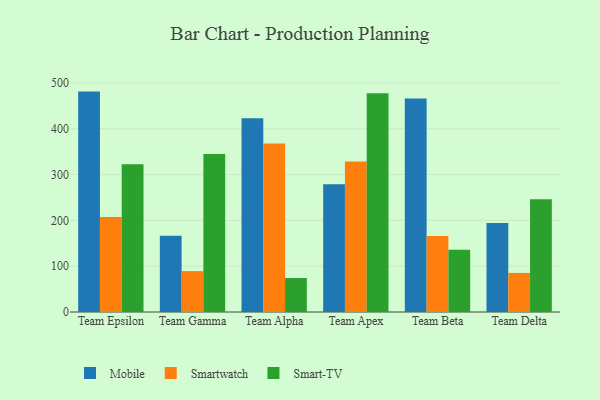
{"axis": {"x": "Team", "y": "Headcount"}, "legend": ["Mobile", "Smart-TV", "Smartwatch"], "data": [{"x": "Team Epsilon", "y": 481.0, "type": "Mobile"}, {"x": "Team Epsilon", "y": 207.6, "type": "Smartwatch"}, {"x": "Team Epsilon", "y": 322.6, "type": "Smart-TV"}, {"x": "Team Gamma", "y": 166.4, "type": "Mobile"}, {"x": "Team Gamma", "y": 89.3, "type": "Smartwatch"}, {"x": "Team Gamma", "y": 344.6, "type": "Smart-TV"}, {"x": "Team Alpha", "y": 422.8, "type": "Mobile"}, {"x": "Team Alpha", "y": 367.7, "type": "Smartwatch"}, {"x": "Team Alpha", "y": 74.1, "type": "Smart-TV"}, {"x": "Team Apex", "y": 278.6, "type": "Mobile"}, {"x": "Team Apex", "y": 328.4, "type": "Smartwatch"}, {"x": "Team Apex", "y": 477.4, "type": "Smart-TV"}, {"x": "Team Beta", "y": 465.8, "type": "Mobile"}, {"x": "Team Beta", "y": 166.1, "type": "Smartwatch"}, {"x": "Team Beta", "y": 135.9, "type": "Smart-TV"}, {"x": "Team Delta", "y": 194.2, "type": "Mobile"}, {"x": "Team Delta", "y": 85.3, "type": "Smartwatch"}, {"x": "Team Delta", "y": 245.9, "type": "Smart-TV"}]}